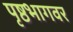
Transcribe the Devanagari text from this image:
पृष्ठभागवर